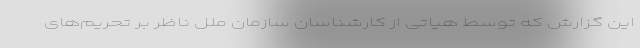
این گزارش که توسط هیاتی از کارشناسان سازمان ملل ناظر بر تحریم‌های